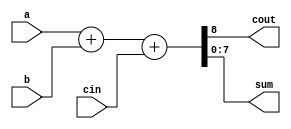
module adder(cout, sum, a, b, cin);

	input [7:0] a, b;
	input cin;
	output [7:0] sum;
	output cout;

	assign {cout,sum} = a+b+cin;

endmodule